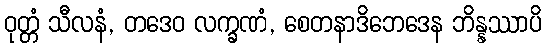
ဝုတ္တံ သီလနံ, တဒေဝ လက္ခဏံ, စေတနာဒိဘေဒေန ဘိန္နဿာပိ